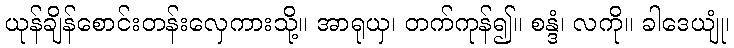
ယုန်ချိန်စောင်းတန်းလှေကားသို့။ အာရုယှ၊ တက်ကုန်၍။ စန္ဒံ၊ လကို။ ခါဒေယျုံ၊